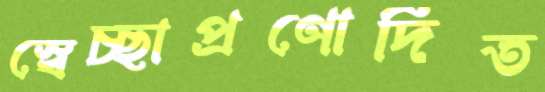
স্বেচ্ছাপ্রণোদিত